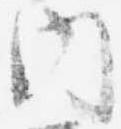
内